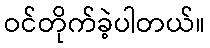
ဝင်တိုက်ခဲ့ပါတယ်။